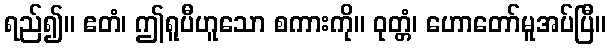
ရည်၍။ ဧတံ၊ ဤရူပီဟူသော စကားကို။ ဝုတ္တံ၊ ဟောတော်မူအပ်ပြီ။